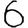
Digit: 6